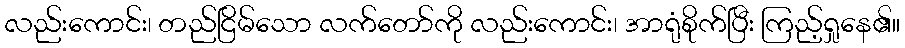
လည်းကောင်း၊ တည်ငြိမ်သော လက်တော်ကို လည်းကောင်း၊ အာရုံစိုက်ပြီး ကြည့်ရှုနေ၏။